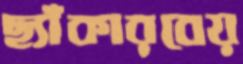
ছ্যাঁকারবেয়